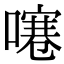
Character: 𠽱